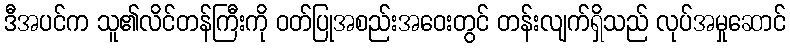
ဒီအပင်က သူ၏လိင်တန်ကြီးကို ဝတ်ပြုအစည်းအဝေးတွင် တန်းလျက်ရှိသည် လုပ်အမှုဆောင်